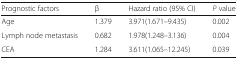
<table><thead><tr><td><b>Prognostic factors</b></td><td><b>β</b></td><td><b>Hazard ratio (95% CI)</b></td><td><b><i>P</i> value</b></td></tr></thead><tbody><tr><td>Age</td><td>1.379</td><td>3.971(1.671–9.435)</td><td>0.002</td></tr><tr><td>Lymph node metastasis</td><td>0.682</td><td>1.978(1.248–3.136)</td><td>0.004</td></tr><tr><td>CEA</td><td>1.284</td><td>3.611(1.065–12.245)</td><td>0.039</td></tr></tbody></table>